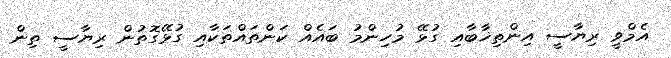
އެމްވީ ރިޔާސީ އިންތިޚާބާއި ގުޅޭ މުހިންމު ބައެއް ކަންތައްތަކާއި ގުޅޭގޮތުން ރިޔާސީ ތިން